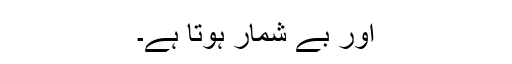
اور بے شمار ہوتا ہے۔